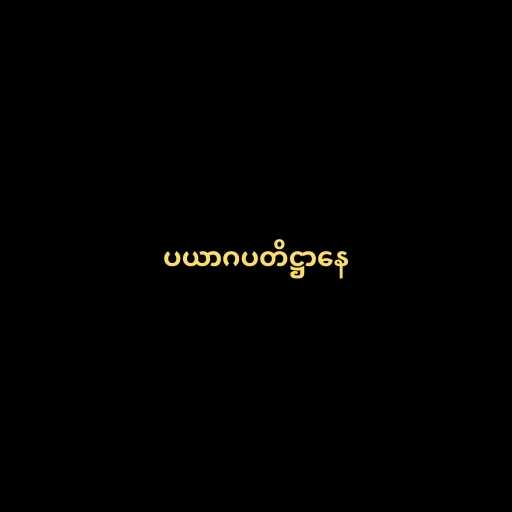
ပယာဂပတိဋ္ဌာနေ